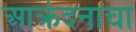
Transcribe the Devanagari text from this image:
आक्रंदनाचा